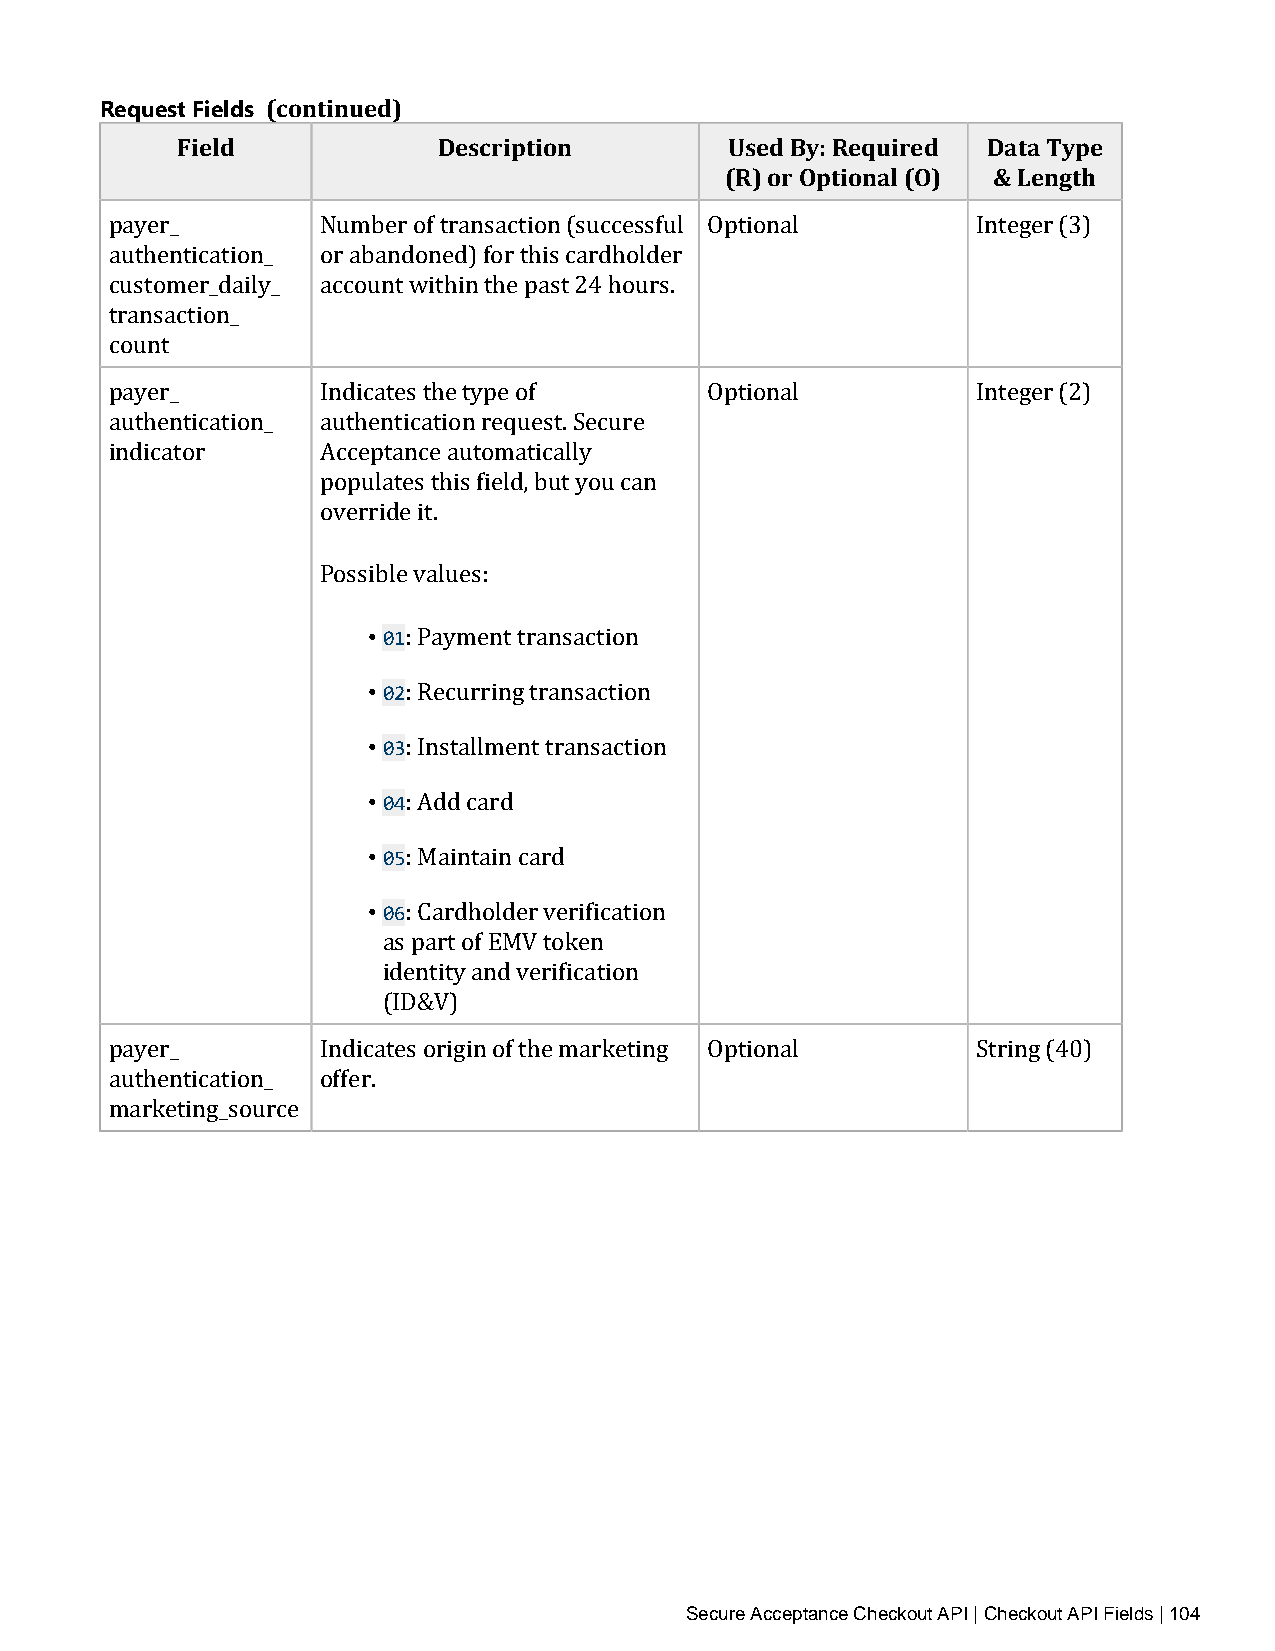
Request Fields (continued)
 Field            Description        Used By: Required Data Type
 (R) or Optional (O) & Length
 payer_        Number of transaction (successful Optional  Integer (3)
 authentication_ or abandoned) for this cardholder
 customer_daily_ account within the past 24 hours.
 transaction_
 count
 payer_        Indicates the type of     Optional          Integer (2)
 authentication_ authentication request. Secure
 indicator     Acceptance automatically
 populates this field, but you can
 override it.
 Possible values:
 • 01
 • 02: Payment transaction
 • 03: Recurring transaction
 • 04: Installment transaction
 • 05: Add card
 • 06: Maintain card
 : Cardholder verification
 as part of EMV token
 identity and verification
 (ID&V)
 payer_        Indicates origin of the marketing Optional  String (40)
 authentication_ offer.
 marketing_source
 Secure Acceptance Checkout API | Checkout API Fields | 104